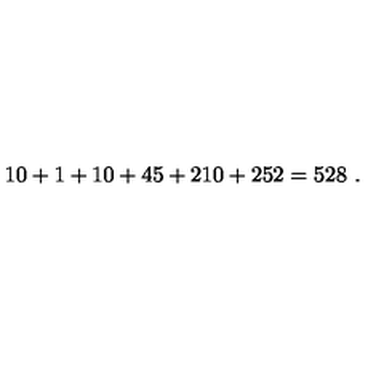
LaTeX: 1 0 + 1 + 1 0 + 4 5 + 2 1 0 + 2 5 2 = 5 2 8 \ .